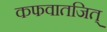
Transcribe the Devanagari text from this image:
कफवातजित्